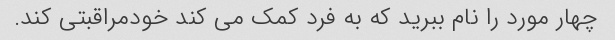
چهار مورد را نام ببرید که به فرد کمک می کند خودمراقبتی کند.